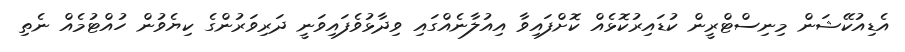
އެޑިއުކޭޝަން މިނިސްޓްރީން ކުޑައިރުކޮޅެއް ކޮށްފައިވާ އިއުލާނެއްގައި ވިދާޅުވެފައިވަނީ ދަރިވަރުންގެ ކިޔެވުން ހުއްޓުމެއް ނެތި